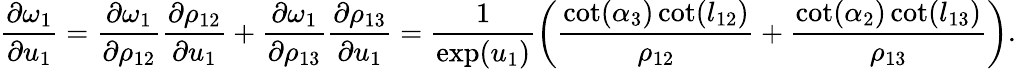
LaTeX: \frac{\partial\omega_{1}}{\partial u_{1}}=\frac{\partial\omega_{1}}{\partial\rho_{12}}\frac{\partial\rho_{12}}{\partial u_{1}}+\frac{\partial\omega_{1}}{\partial\rho_{13}}\frac{\partial\rho_{13}}{\partial u_{1}}=\frac{1}{\exp(u_{1})}\left(\frac{\cot(\alpha_{3})\cot(l_{12})}{\rho_{12}}+\frac{\cot(\alpha_{2})\cot(l_{13})}{\rho_{13}}\right).